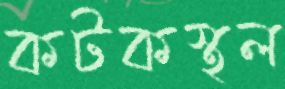
কটকস্থল